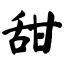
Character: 甜